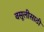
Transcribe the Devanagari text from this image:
वसूलीसाठी